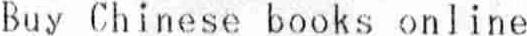
BUY CHINESE BOOKS ONLINE